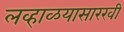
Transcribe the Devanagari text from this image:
लव्हाळयासारखी